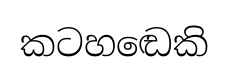
කටහඬෙකි